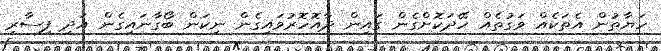
ހަޔާތުން އެތަކެއް ވަގުތެއް ހޭދަކޮށްގެން ގައިން ދާއޮހޮރުވައިގެން ނިކަން ބޯގާނައިގެން އަދި ފިސާރި